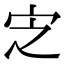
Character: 㝎